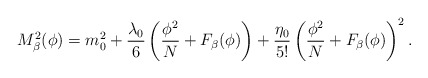
\begin{align*}M^2_{\beta}(\phi)=m^2_0+\frac{\lambda_0}{6}\left( \frac{\phi^2}{N}+F_{\beta}(\phi)\right)+ \frac{\eta_0}{5!} \left( \frac{\phi^2}{N}+F_{\beta}(\phi)\right)^2. \end{align*}